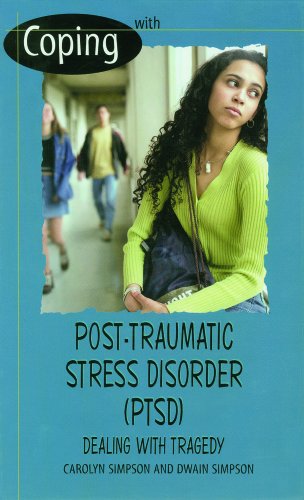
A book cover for Coping with Post-Traumatic Stress Disorder (Ptsd): Dealing with Tragedy; Carolyn Simpson; Teen & Young Adult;